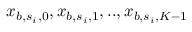
x _ { b , s _ { i } , 0 } , x _ { b , s _ { i } , 1 } , . . , x _ { b , s _ { i } , K - 1 }